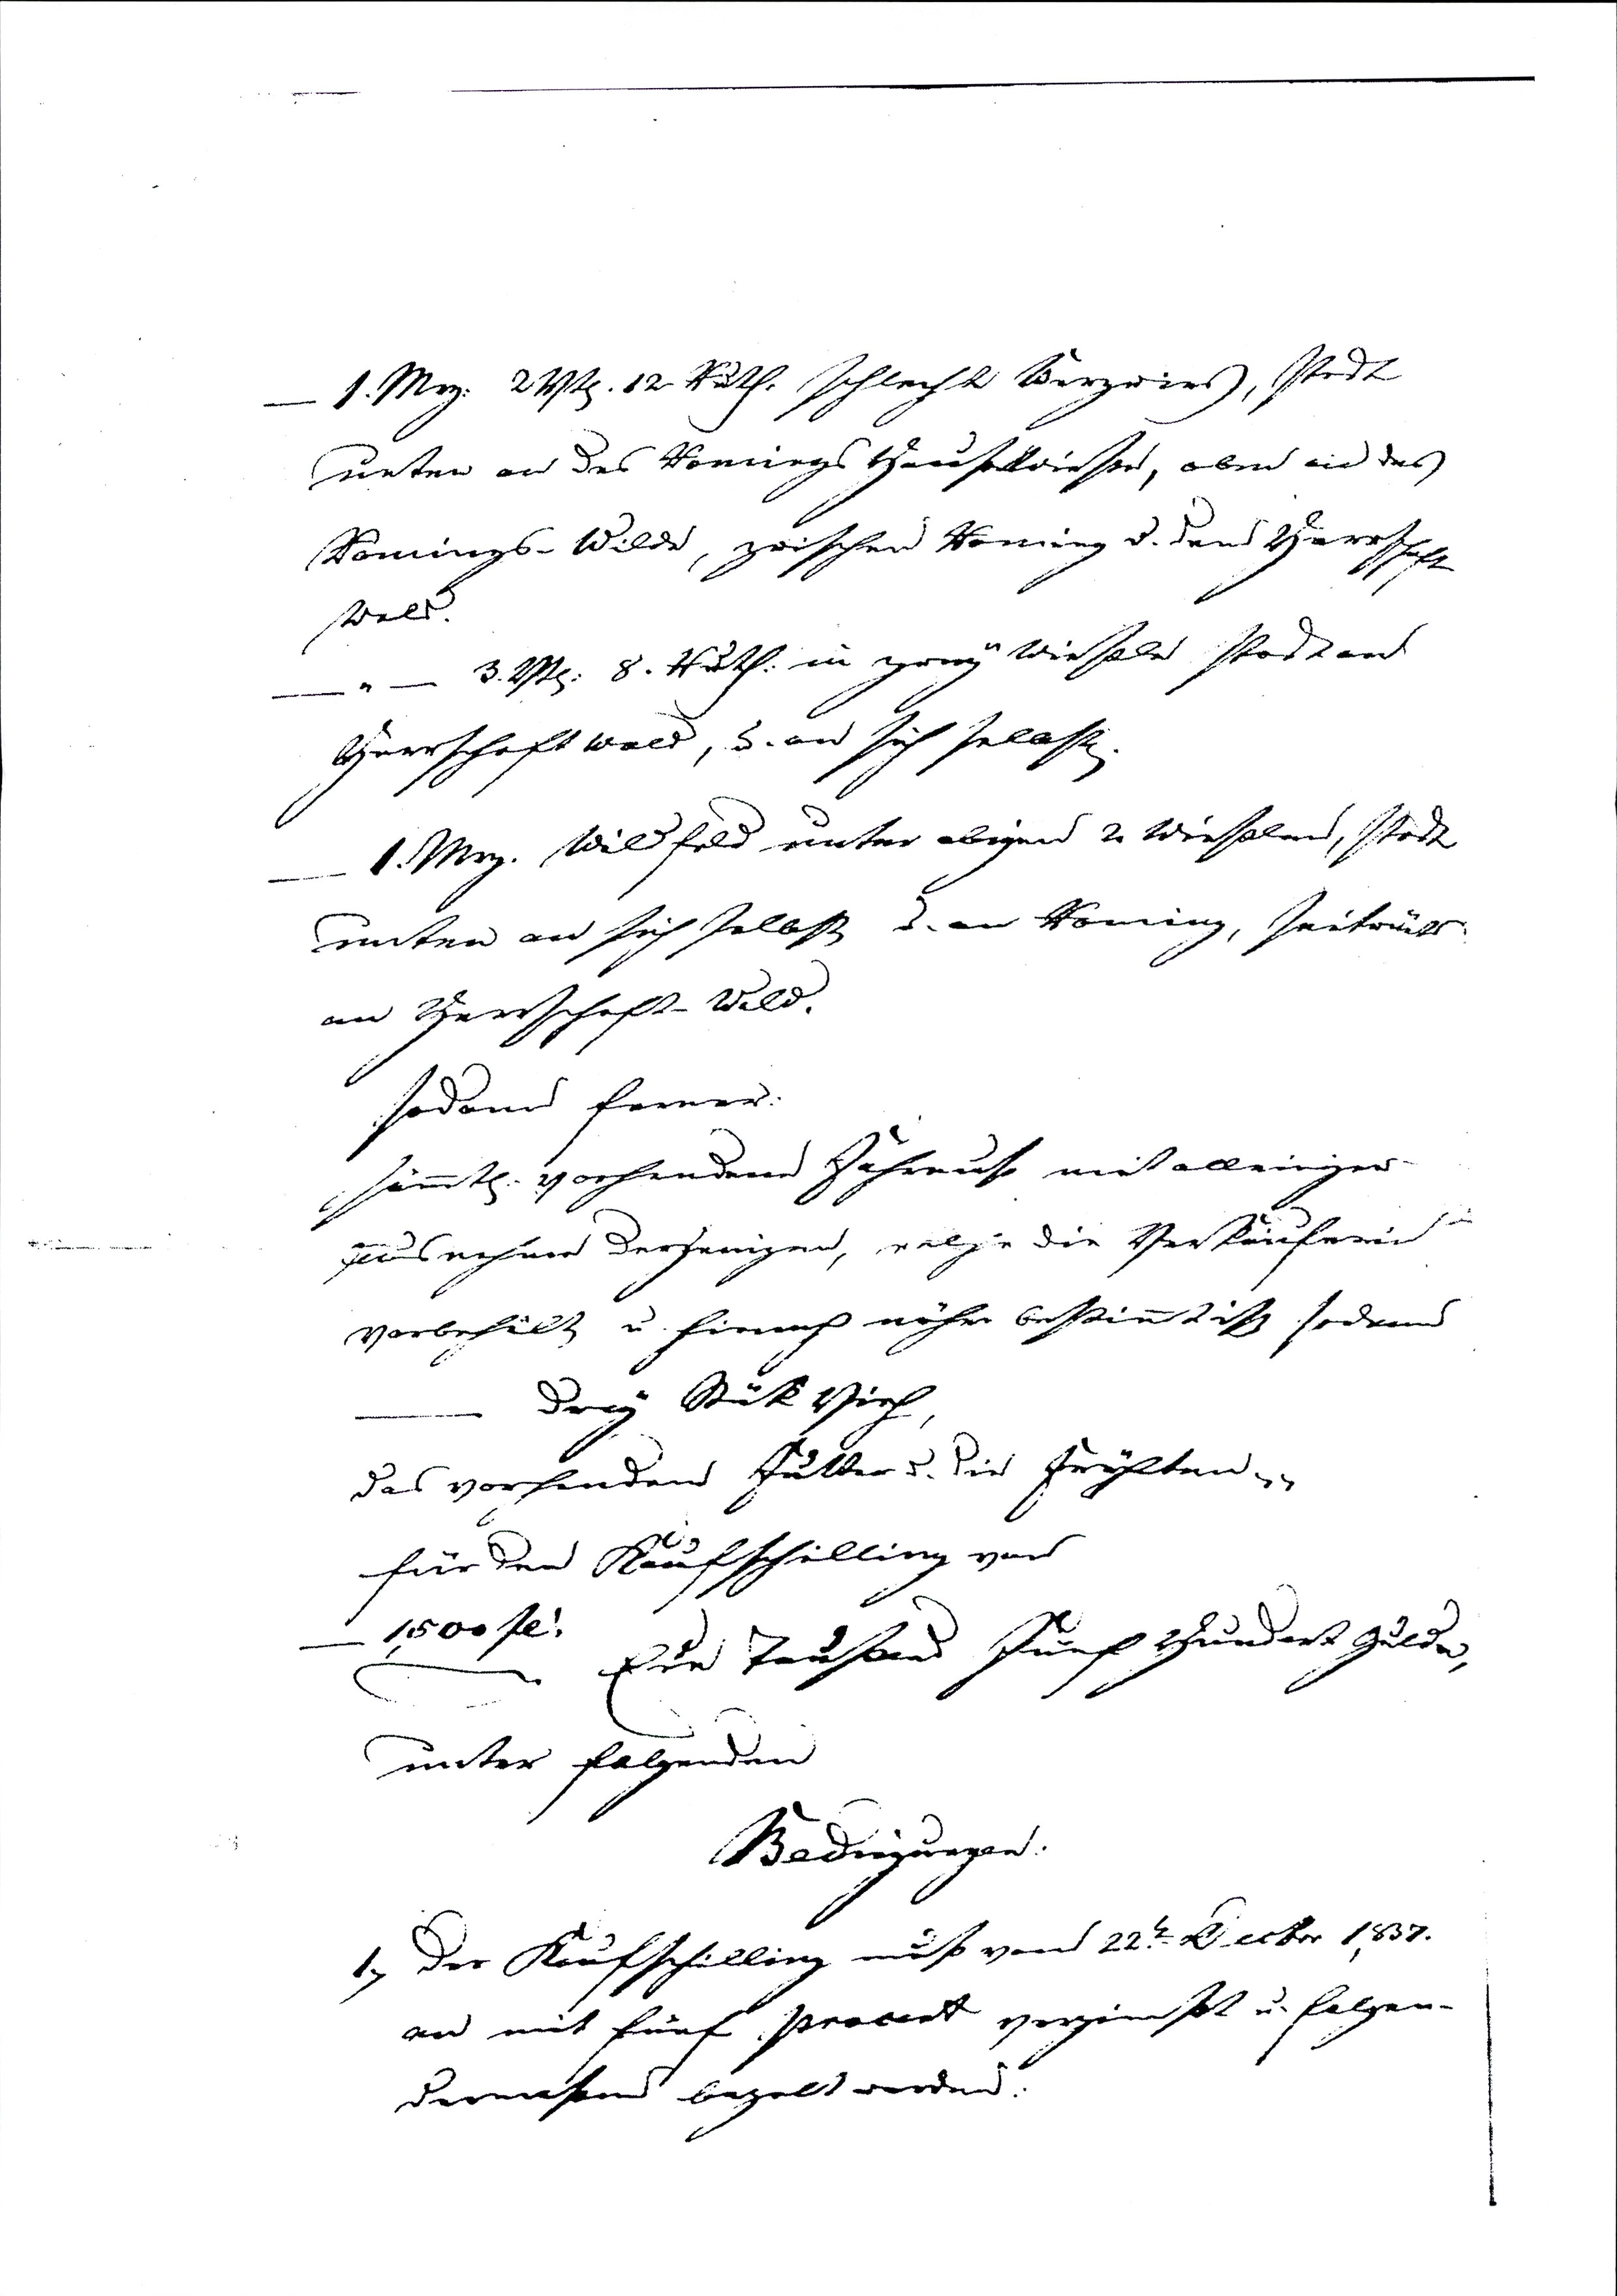
— 1 Mg: 2 Vt. 12 Ruth: schlecht Bergwies, stost
unten an des Romings Hauswiesen, oben an des
Romings-Wilde, zwischen Roming u. dem Herrschaft
Wald.
—"— 3. Vt: 8. Ruth: in zwey Wieseln stost an
Herrschaft Wald, u. an sich selbst.
— 1. Mg. Wildfelder unter obigen 2 Wieselen, stost
unten an sich selbst u. an Roming, seitwärts
an Herrschaft-Wald.
sodann ferner:
sämmt: vorhandene Fahrnuß mit alleiniger
Ausnahme derjenigen, welche die Verkäuferin
vorbehält u. hirnach näher bestimmt ist sodann
— drey Stük Vieh,
das vorhandene Futter u. die Früchten etc etc
für den Kaufschilling von
— 1500 fl: Ein Tausend Fünf Hundert Gulden,
unter folgenden
Bedingungen:
1. Der Kaufschilling muß von 22.ten Decbr 1837
an mit fünf Procent verzinst u. folgen¬
dermaßen bezalt werden: